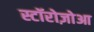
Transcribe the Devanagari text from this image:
स्टॉरोज़ोआ